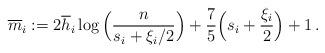
LaTeX: \begin{align*}\overline{m}_i := 2\overline{h}_i\log\Big(\frac{n}{s_i + \xi_i/2}\Big) + \frac{7}{5}\Big(s_i + \frac{\xi_i}{2}\Big) + 1\,.\end{align*}